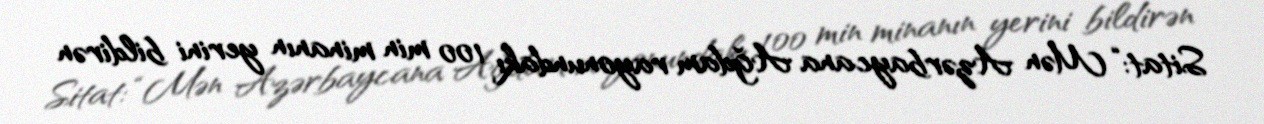
Sitat: “Mən Azərbaycana Ağdam rayonundakı 100 min minanın yerini bildirən